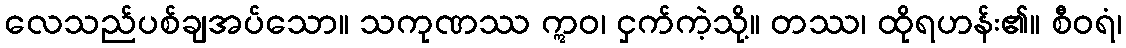
လေသည်ပစ်ချအပ်သော။ သကုဏဿ ဣဝ၊ ငှက်ကဲ့သို့။ တဿ၊ ထိုရဟန်း၏။ စီဝရံ၊